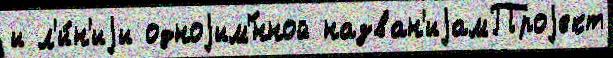
и л'и́н'иjи одноjим'́нной назван'иjамПроjект